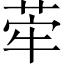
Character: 𦰤